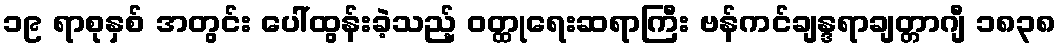
၁၉ ရာစုနှစ် အတွင်း ပေါ်ထွန်းခဲ့သည့် ဝတ္ထုရေးဆရာကြီး ဗန်ကင်ချန္ဒရာချတ္တာဂျီ ၁၈၃၈